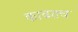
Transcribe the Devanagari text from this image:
काढतच